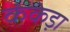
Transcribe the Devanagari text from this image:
कंकेड़ा